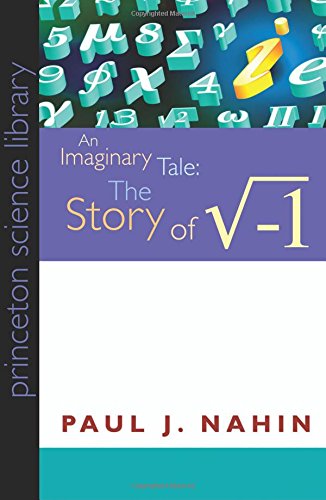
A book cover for An Imaginary Tale: The Story of [the Square Root of Minus One] (Princeton Science Library); Paul J. Nahin; Science & Math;